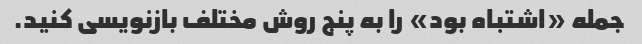
جمله «اشتباه بود» را به پنج روش مختلف بازنویسی کنید.